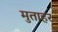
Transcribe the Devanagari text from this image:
मुताहर